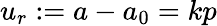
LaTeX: u_{r}:=a-a_{0}=kp